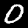
Label: 0